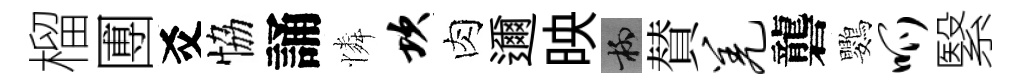
榴圑爻恊誦憐坎肉邇映柳賛羌礱鸚呱繄